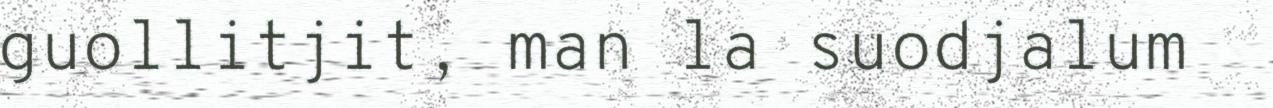
guollitjit, man la suodjalum